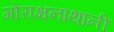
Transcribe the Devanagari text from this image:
गोराक्षनाथानी